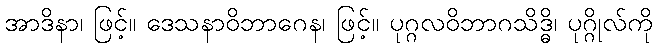
အာဒိနာ၊ ဖြင့်။ ဒေသနာဝိဘာဂေန၊ ဖြင့်။ ပုဂ္ဂလဝိဘာဂသိဒ္ဓိ၊ ပုဂ္ဂိုလ်ကို